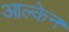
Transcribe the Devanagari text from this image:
आल्केन